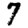
Digit: 7